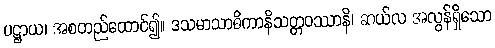
ပဋ္ဌာယ၊ အစတည်ထောင်၍။ ဒသမာသာဓိကာနိသတ္တဝဿာနိ၊ ဆယ်လ အလွန်ရှိသော